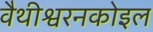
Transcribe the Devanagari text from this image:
वैथीश्वरनकोइल